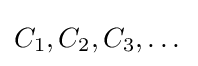
C_{1},C_{2},C_{3},\dots